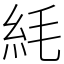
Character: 䋃